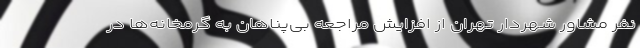
نفر مشاور شهردار تهران از افزایش مراجعه بی‌پناهان به گرمخانه‌ها در